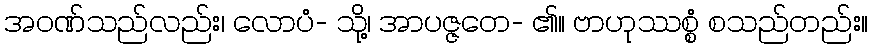
အဝဏ်သည်လည်း၊ လောပံ- သို့၊ အာပဇ္ဇတေ- ၏။ ဗာဟုဿစ္စံ စသည်တည်း။